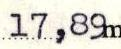
17,89